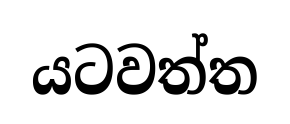
යටවත්ත